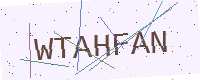
Text: WTAHFAN